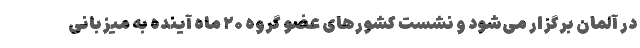
در آلمان برگزار می‌شود و نشست کشورهای عضو گروه ۲۰ ماه آینده به میزبانی